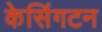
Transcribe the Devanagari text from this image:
केसिंगटन